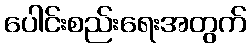
ပေါင်းစည်းရေးအတွက်